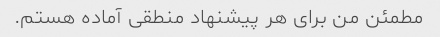
مطمئن من برای هر پیشنهاد منطقی آماده هستم.